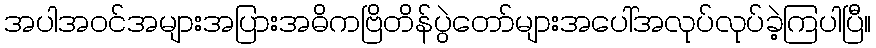
အပါအဝင်အများအပြားအဓိကဗြိတိန်ပွဲတော်များအပေါ်အလုပ်လုပ်ခဲ့ကြပါပြီ။